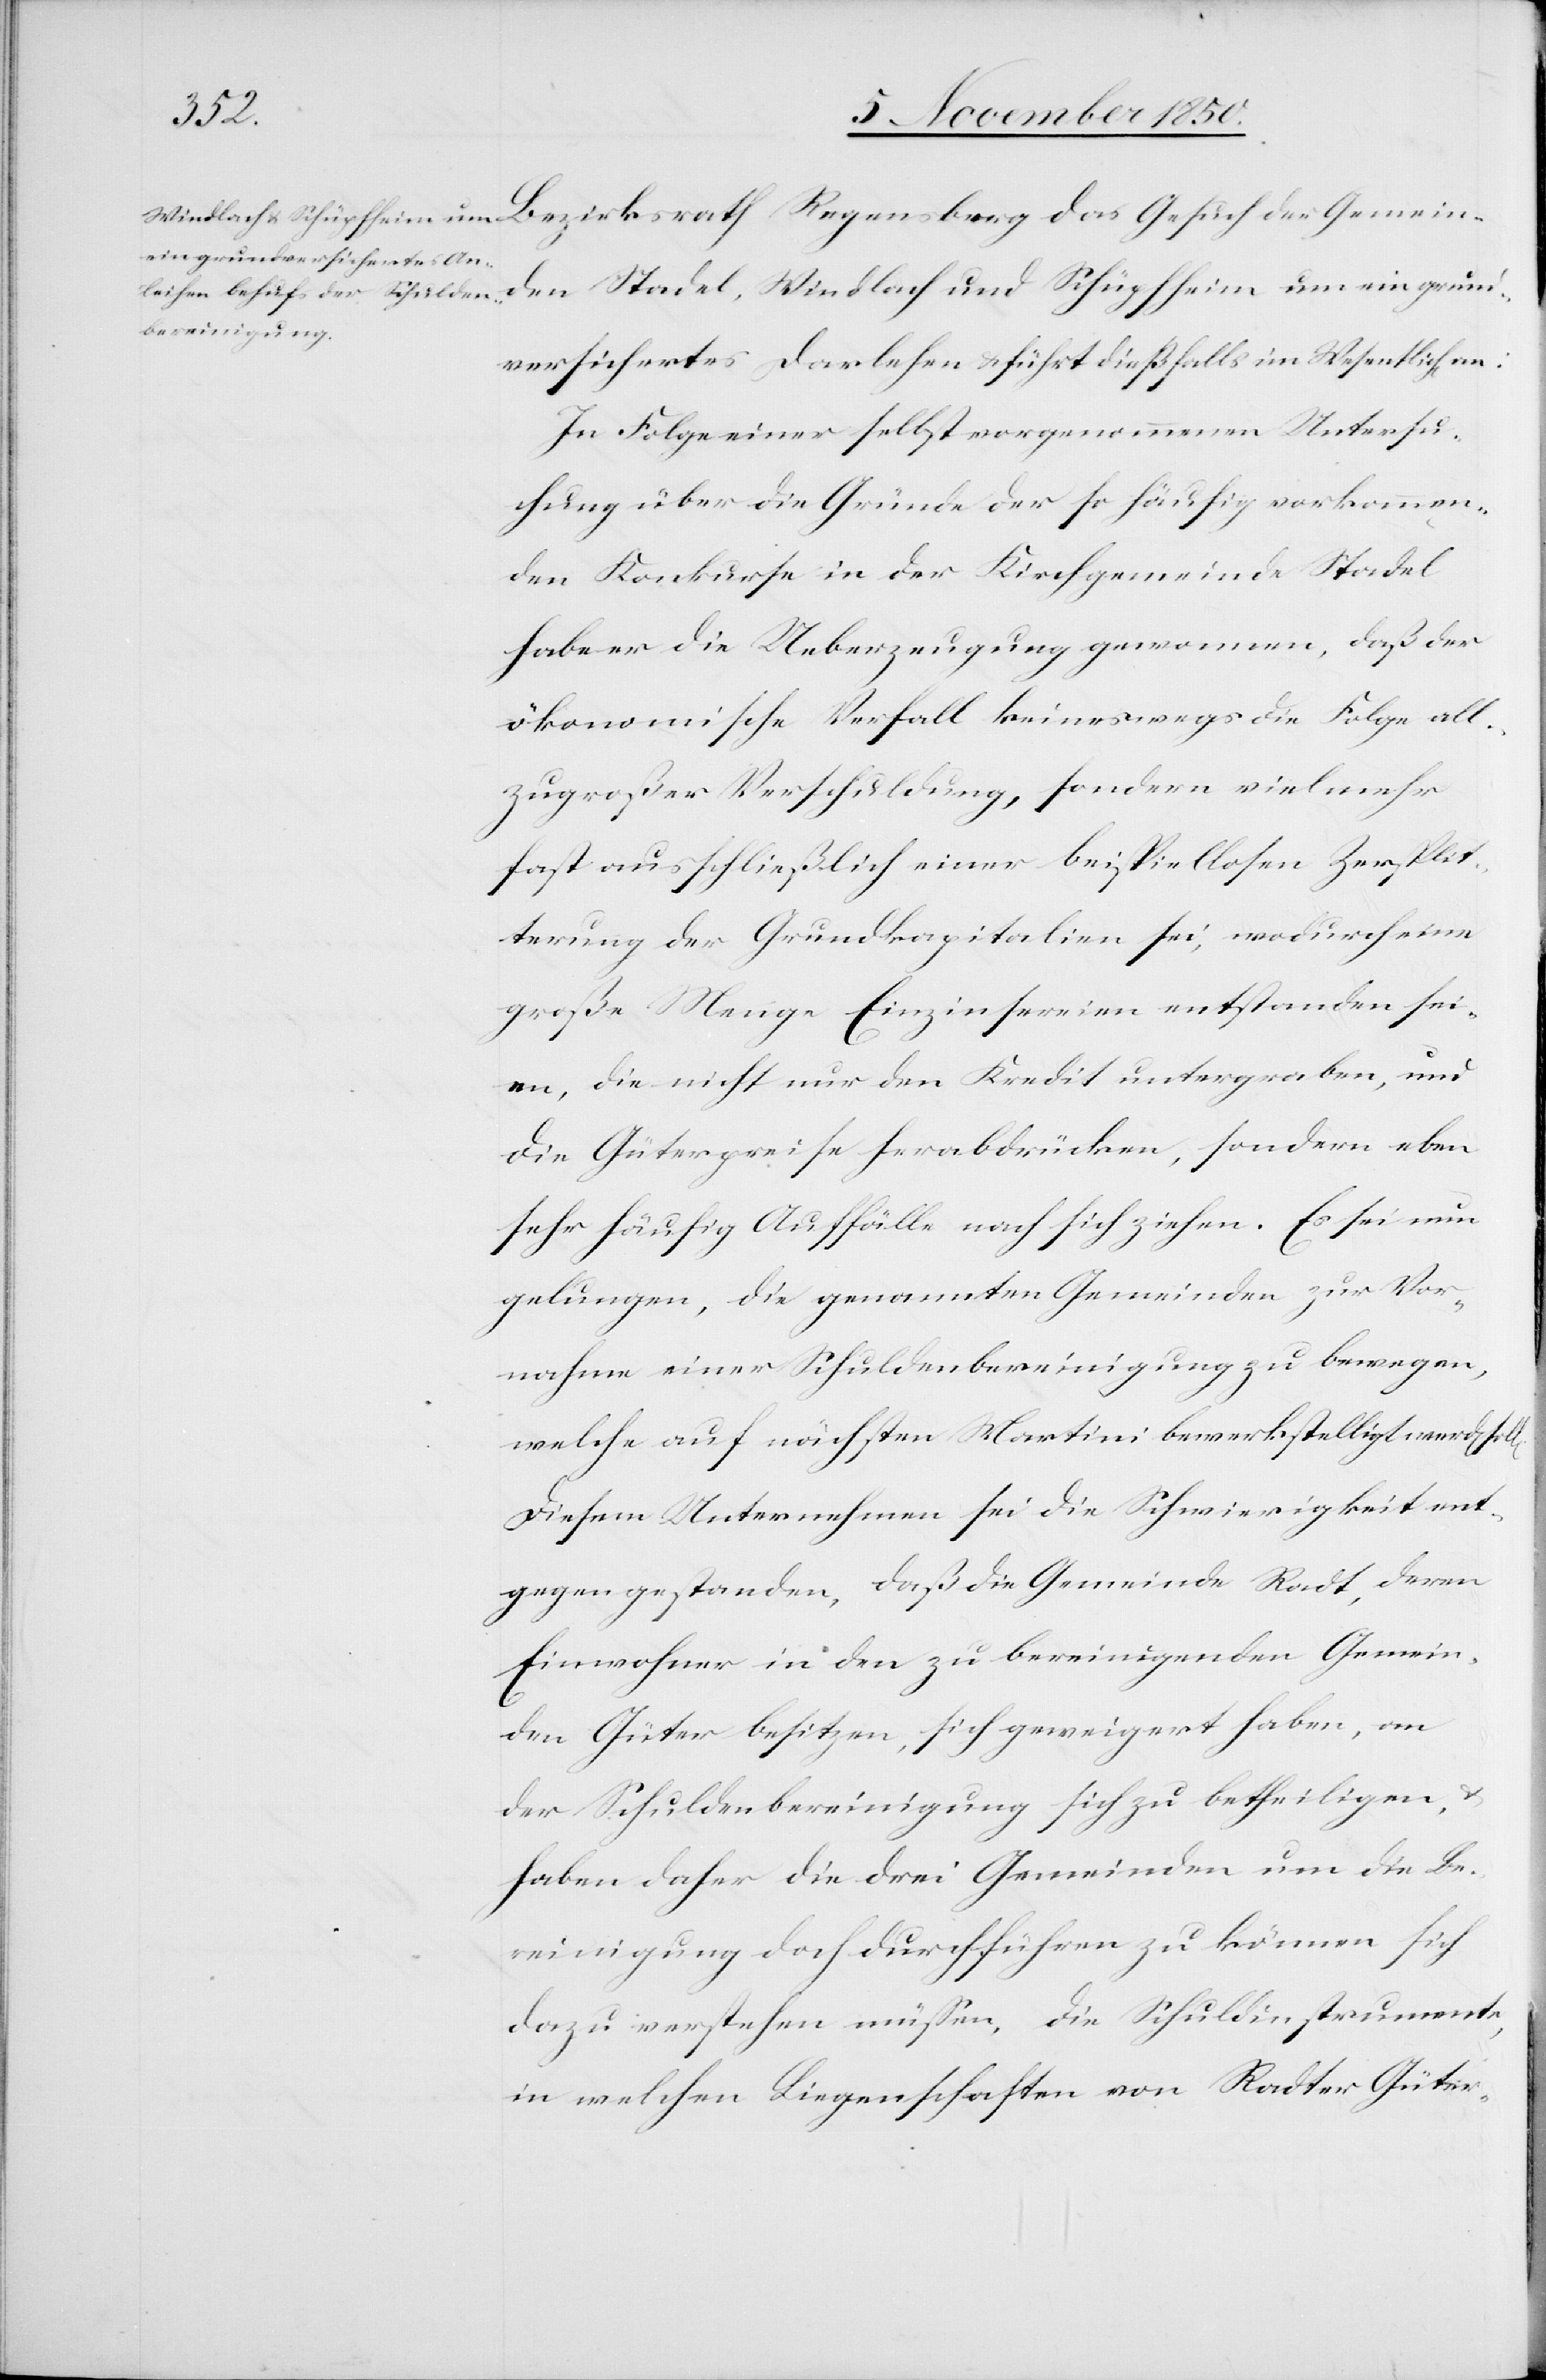
Bezirksrath Regensberg das Gesuch der Gemein¬
den Stadel, Windlach und Schüpfheim um ein grund¬
versichertes Darlehen u. führt dießfalls im Wesentlich[en]
In Folge einer selbst vorgenommenen Untersu¬
chung über die Gründe der so häufig vorkommen¬
den Konkurse in der Kirchgemeinde Stadel
habe er die Ueberzeugung gewonnen, daß der
ökonomische Verfall keineswegs die Folge all¬
zugroßer Verschuldung, sondern vielmehr
fast ausschließlich einer beispiellosen Zersplit¬
terung der Grundkapitalien sei, wodurch eine
große Menge Einzinsereien entstanden sei¬
en, die nicht nur den Kredit untergraben, und
die Güterpreise herabdrücken, sondern eben
sehr häufig Auffälle nach sich ziehen. Es sei nun
gelungen, die genannten Gemeinden zur Vor¬
nahme einer Schuldenbereinigung zu bewegen,
welche auf nächsten Martini bewerkstelligt werd[en]
Diesem Unternehmen sei die Schwierigkeit ent¬
gegen gestanden, daß die Gemeinde Radt, deren
Einwohner in den zu bereinigenden Gemein¬
den Güter besitzen, sich geweigert haben
der Schuldenbereinigung sich zu betheiligen, u.
haben daher die drei Gemeinden um die Be¬
reinigung doch durchführen zu können sich
dazu verstehen müssen, die Schuldinstrumente,
in welchen Liegenschaften von Radter Güter-